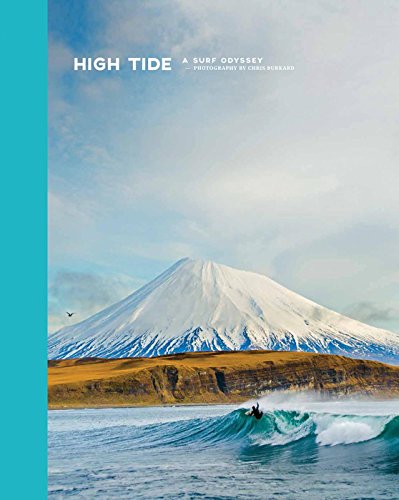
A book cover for High Tide: A Surf Odyssey -- Photography by Chris Burkhard; Chris Burkard; Arts & Photography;